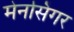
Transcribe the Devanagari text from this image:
मेनसिंगर